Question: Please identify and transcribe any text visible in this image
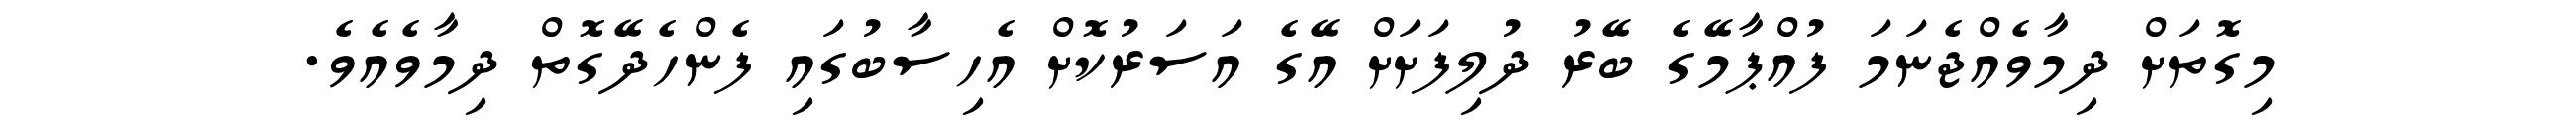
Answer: މިގޮތަށް ދިމާވެއްޖެނަމަ ފުއްޕާމޭގެ ބޭރު ދުލިފަށަށް އޭގެ އަސަރުކޮށް އެހިސާބުގައި ފެންހެދޭގޮތް ދިމާވެއެވެ.